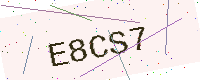
Text: E8CS7